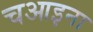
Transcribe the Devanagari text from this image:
चआइना